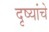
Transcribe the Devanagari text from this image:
दृष्यांचे